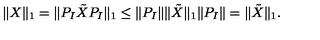
\| X \| _ { 1 } = \| P _ { I } \tilde { X } P _ { I } \| _ { 1 } \le \| P _ { I } \| \| \tilde { X } \| _ { 1 } \| P _ { I } \| = \| \tilde { X } \| _ { 1 } .